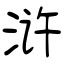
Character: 浒